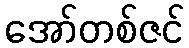
အော်တစ်ဇင်